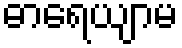
ဓာရေယျာမ